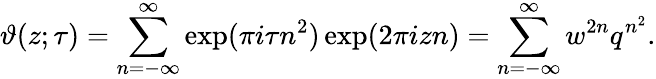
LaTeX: \vartheta(z;\tau)=\sum_{n=-\infty}^{\infty}\exp(\pi i\tau n^{2})\exp(2\pi izn)=\sum_{n=-\infty}^{\infty}w^{2n}q^{n^{2}}.